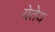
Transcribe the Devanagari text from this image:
येतेय